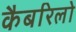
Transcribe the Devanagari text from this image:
कैबरिलो